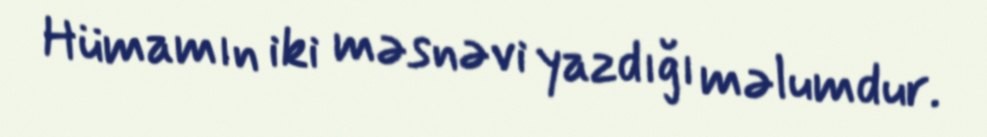
Hümamın iki məsnəvi yazdığı məlumdur.